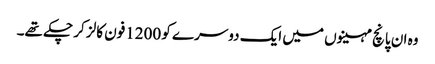
وہ ان پانچ مہینوں میں ایک دوسرے کو 1200فون کالز کر چکے تھے۔